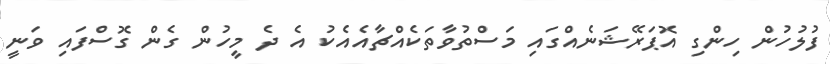
ފުލުހުން ހިންގި އޮޕަރޭޝަނެއްގައި މަސްތުވާތަކެއްޗާއެއެކު އެ ދެ މީހުން ގެން ގޮސްފައި ވަނީ